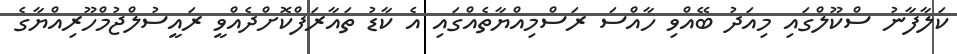
ކަލާފާނު ސްކޫލްގައި މިއަދު ބޭއްވި ހާއްސަ ރަސްމިއްޔާތެއްގައި އެ ކާޑު ތައާރަފްކޮށްދެއްވީ ރައީސުލްޖުމްހޫރިއްޔާގެ